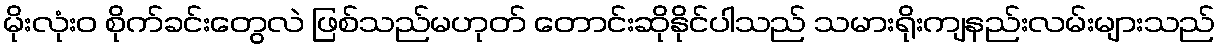
မိုးလုံး၀ စိုက်ခင်းတွေလဲ ဖြစ်သည်မဟုတ် တောင်းဆိုနိုင်ပါသည် သမားရိုးကျနည်းလမ်းများသည်